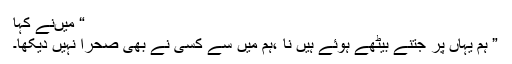
“ میںنے کہا
” ہم یہاں پر جتنے بیٹھے ہوئے ہیں نا ،ہم میں سے کسی نے بھی صحرا نہیں دیکھا۔